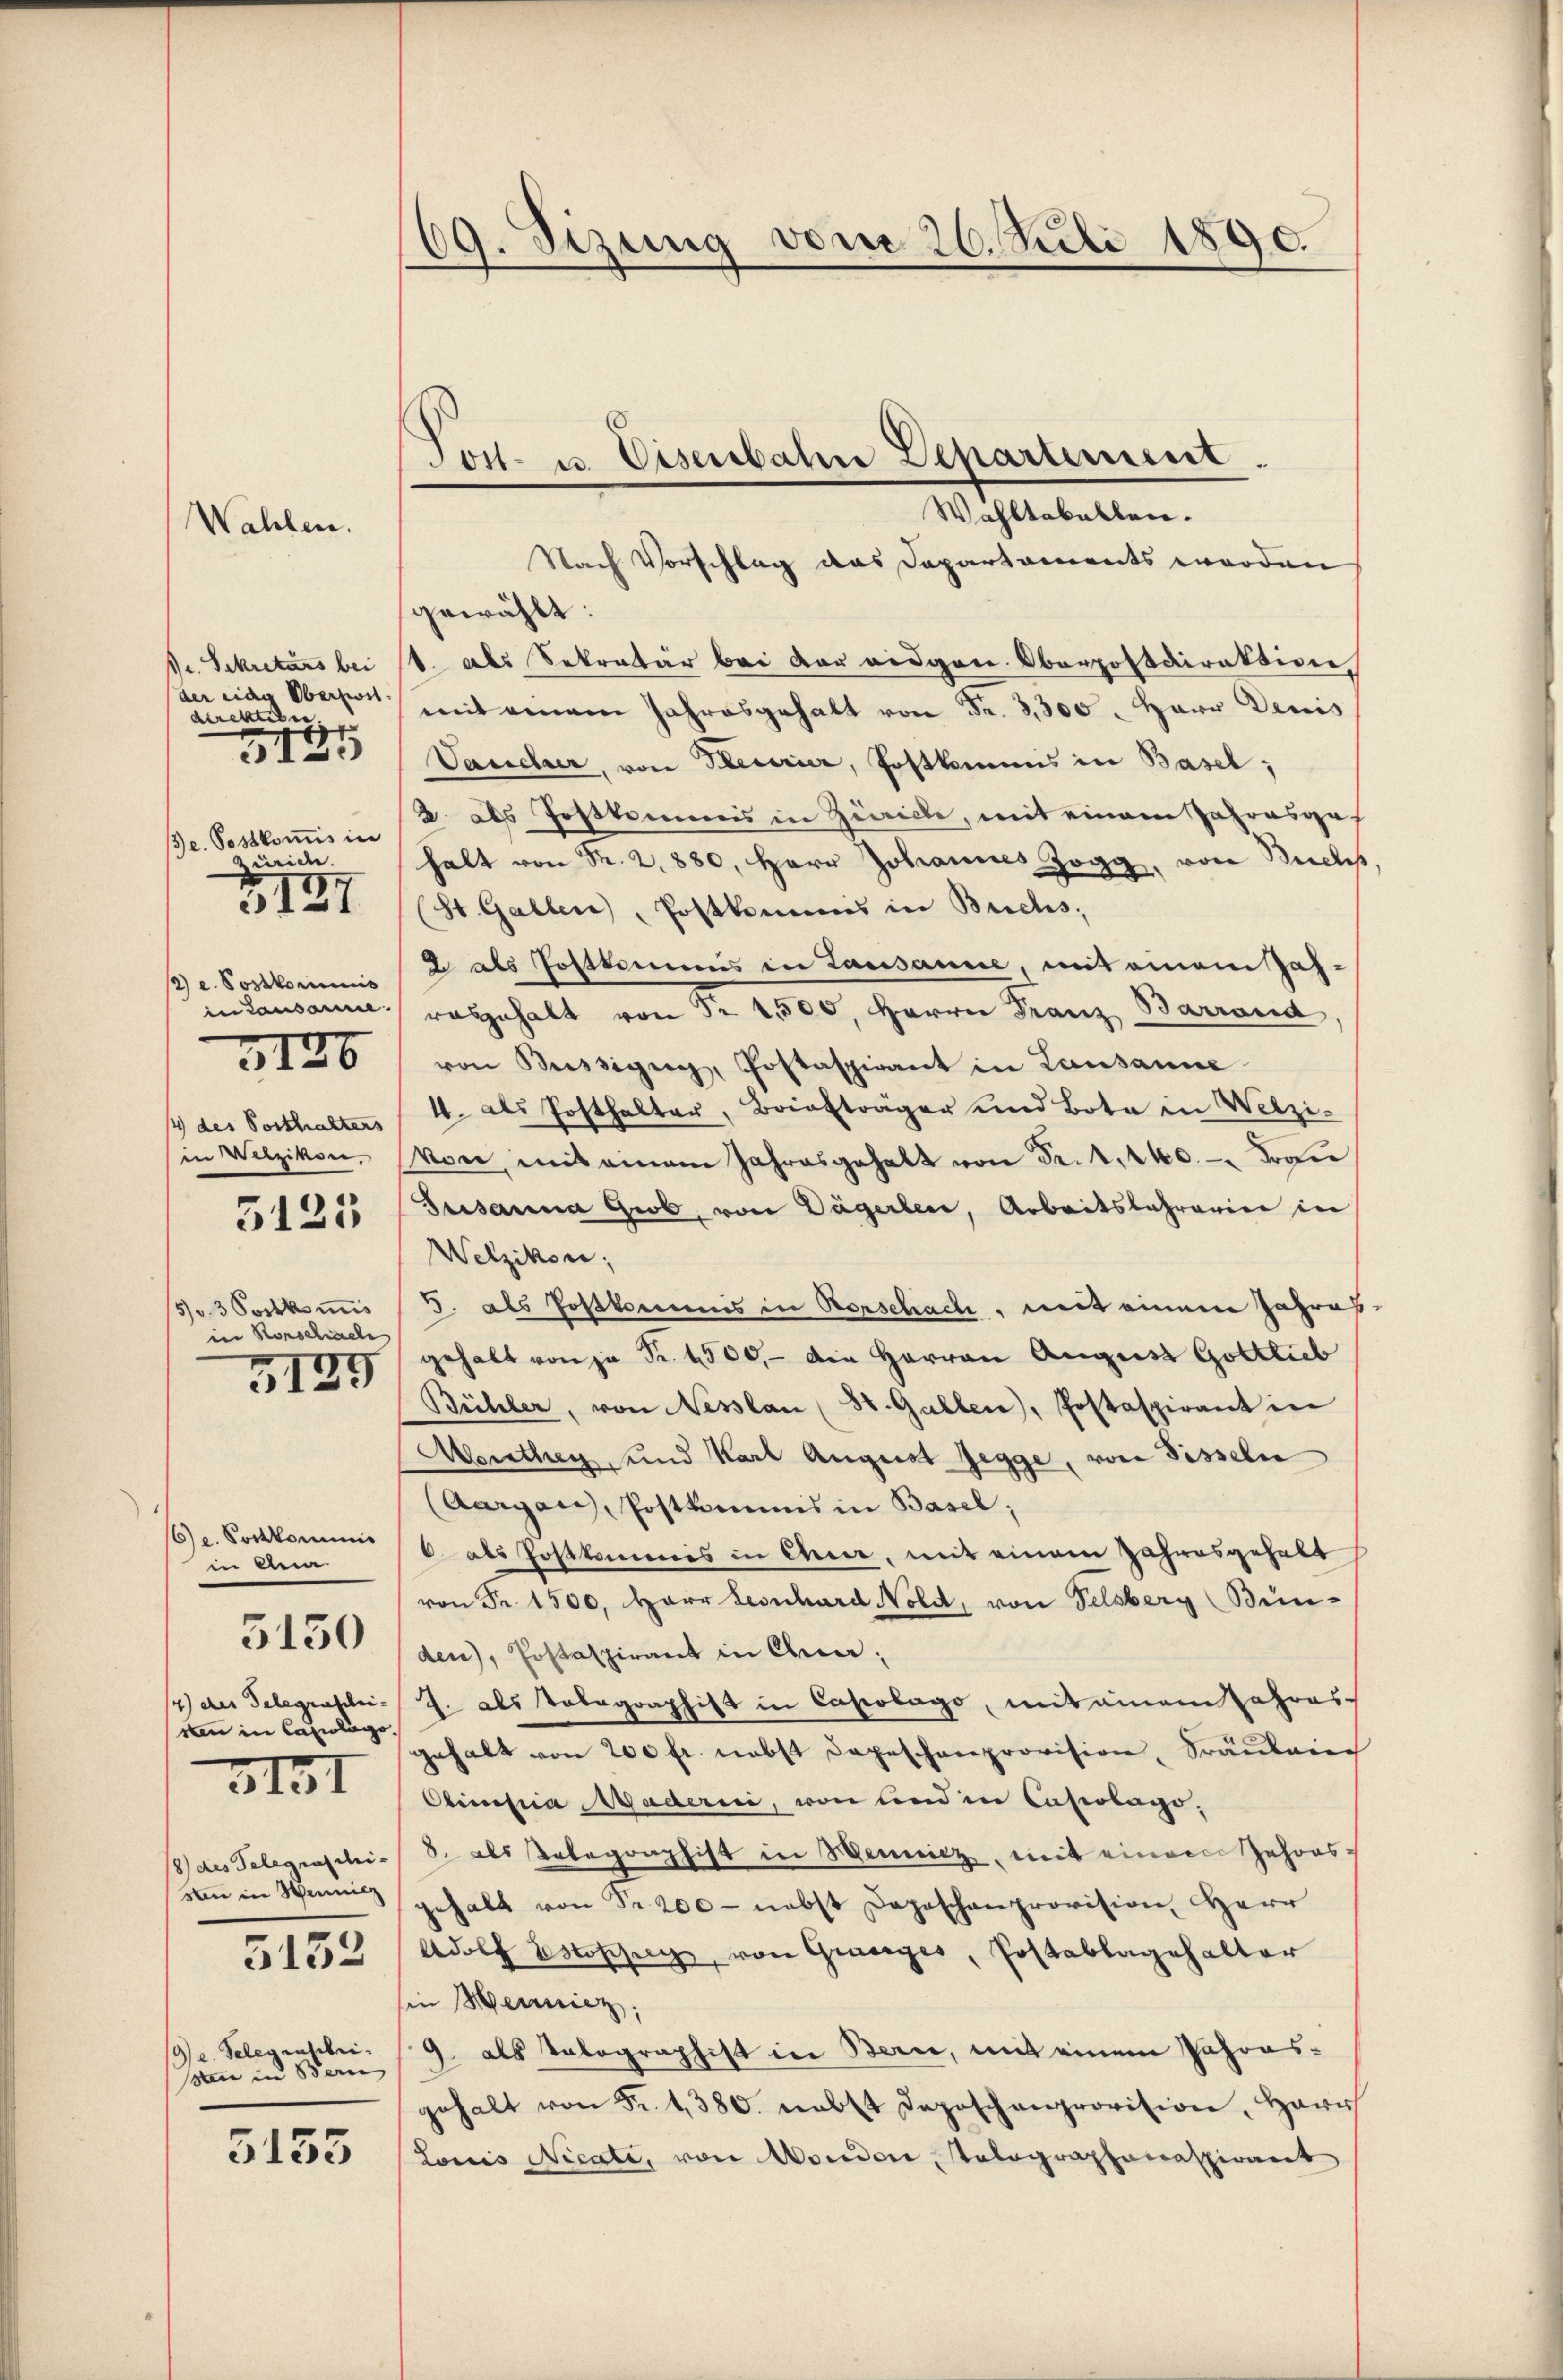
Wahlen.

Dr. Sekretärs bei
der eidg Oberfort
direktivie
e. Postkomis in
Zürich.
2 e. Postkommis
in causanne.
3120
4 des Posthalters
in Wetzikon,

¬
512.

127

5125

5 3 Postkomis
in Konschache

3189

se. Vorkommnis
in Ana

5150

4) des Telegraschei-
rn in Cazulage.
8) des Telegraschie
sten in Hennicz

3131

5132

a. Telegrabei.
pen in Bern

5155

69. Sizung vom 26. Juli 1890.

Nach Vorschlag das Departements werden
gewählt:
1. als Sekretär bei der eidgere Oberpostdirektion
mit einem Jahresgehalt von Fr. 3,300. Herr Denis
Vaucher, von Herrier, Postkommis in Basel;
2. als Postkommis in Ziville, mit einem Jahresgas
halt von Fr. 2. 880, Herr Johannes Zogg, von Buchs
(St. Gallen, Postkommis in Buchs,
2 als Postkamens in Lausanne, mit einem Jahra gehalt von Nr. 1500, Herrn Franz Barrand
von Büssigen, Postaspirant in Lausanne
4. als Posthalter, Briefträger und Bota in Welzi-
von, mit einem Jahresgehalt von Fr. 1440. Frau
Susanna Grob, von Dägerlen, Arbeitslehrerin in
Welzikon;
J. als Postkommnis in Vorschach, mit einem Jahresgehalt von zu Fr. 1500. - Die Herren August Gottlieb
Bühler, von Nesslau (St. Gallen, Postaspirant in
Morthey, und Karl August Zegge, von Sesseln
(Aargau, Postkommis in Basel;
6 als Postkommnis in Chen, mit einem Jahresgehalt
von Fr. 1500, Harr Leonhard Nold, von Felsberg Bünden), Postaspirant in Chur-
J. als Telegraphist in Capolago, mit einem Jahres
gehalt von 200 fr. nebst Depeschenprovision, Fräuleic
Obimosia Maderni, von und in Caserlage,
8. als Telegraphist in Bennitz, mit einem Jahresgehalt von Fr. 200 - nebst Daposchenprovision Herr
Adolf Estossen, von Grueges, Postablagehalter
in Heinicz,
J. als Telegraphist in Bern, mit einem Jahres-
gehalt von Fr. 1380. nebst Deposchenprovision, Harr
Louis Nicati, von Morden, Tolographonaspirant

Post- u. Eisenbahn Departement.
Wahltabellen.